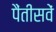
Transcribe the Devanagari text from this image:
पैंतीसवें